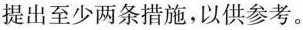
提出至少两条措施，以供参考。